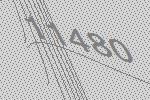
11480